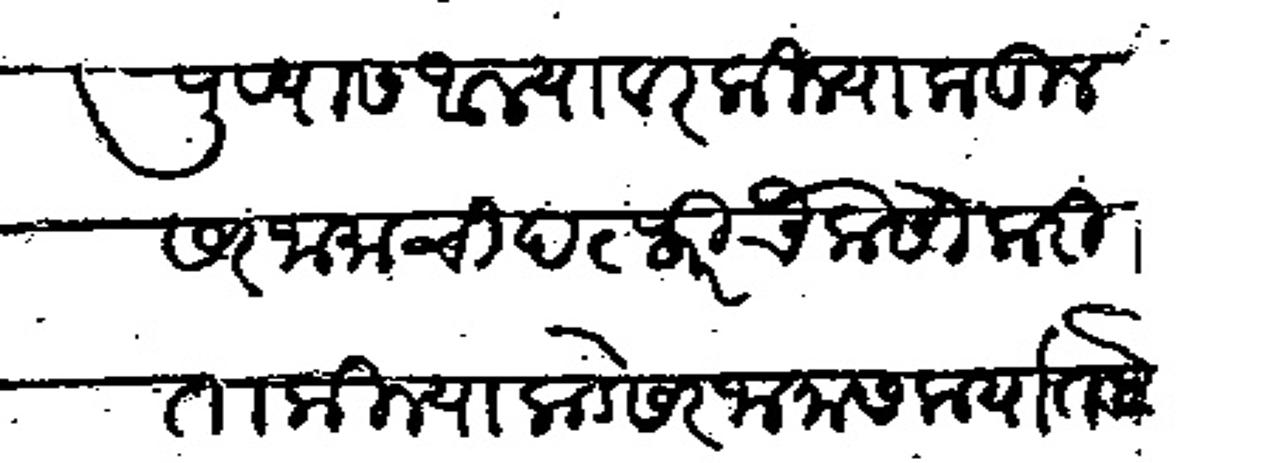
Transliteration (Devanagari): पुण्यास आल्यावर किल्याकडील सरज़ामाची दफ्तरी चौकसी करीता किल्याकडे सरजामास कर्यात बेटगिरे